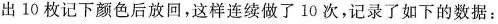
出10枚记下颜色后放回，这样连续做了10次，记录了如下的数据：